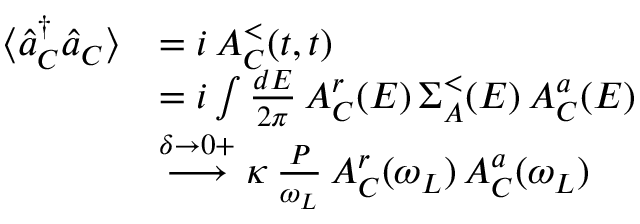
\begin{array} { r l } { \langle \hat { a } _ { C } ^ { \dagger } \hat { a } _ { C } \rangle } & { = i \, A _ { C } ^ { < } ( t , t ) } \\ & { = i \int \frac { d E } { 2 \pi } \, A _ { C } ^ { r } ( E ) \, \Sigma _ { A } ^ { < } ( E ) \, A _ { C } ^ { a } ( E ) } \\ & { \overset { \delta \to 0 + } { \longrightarrow } \kappa \, \frac { P } { \omega _ { L } } \, A _ { C } ^ { r } ( \omega _ { L } ) \, A _ { C } ^ { a } ( \omega _ { L } ) } \end{array}